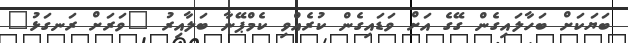
ބަޔަކަށް ބަހާލައިގެން ގޭގެ އަށް ވަޑައިގެން ކުރެއްވި ކެމްޕޭނާ ބަލާއިރު "ވަރަށް ރަނގަޅު"